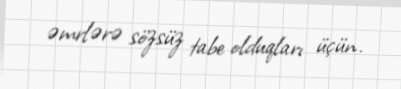
əmrlərə sözsüz tabe olduqları üçün.